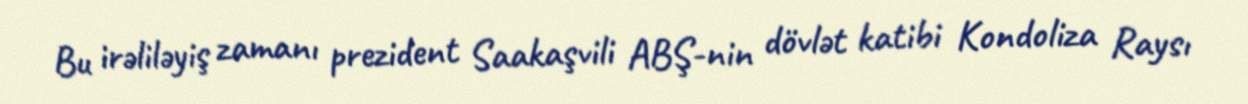
Bu irəliləyiş zamanı prezident Saakaşvili ABŞ-nin dövlət katibi Kondoliza Raysı